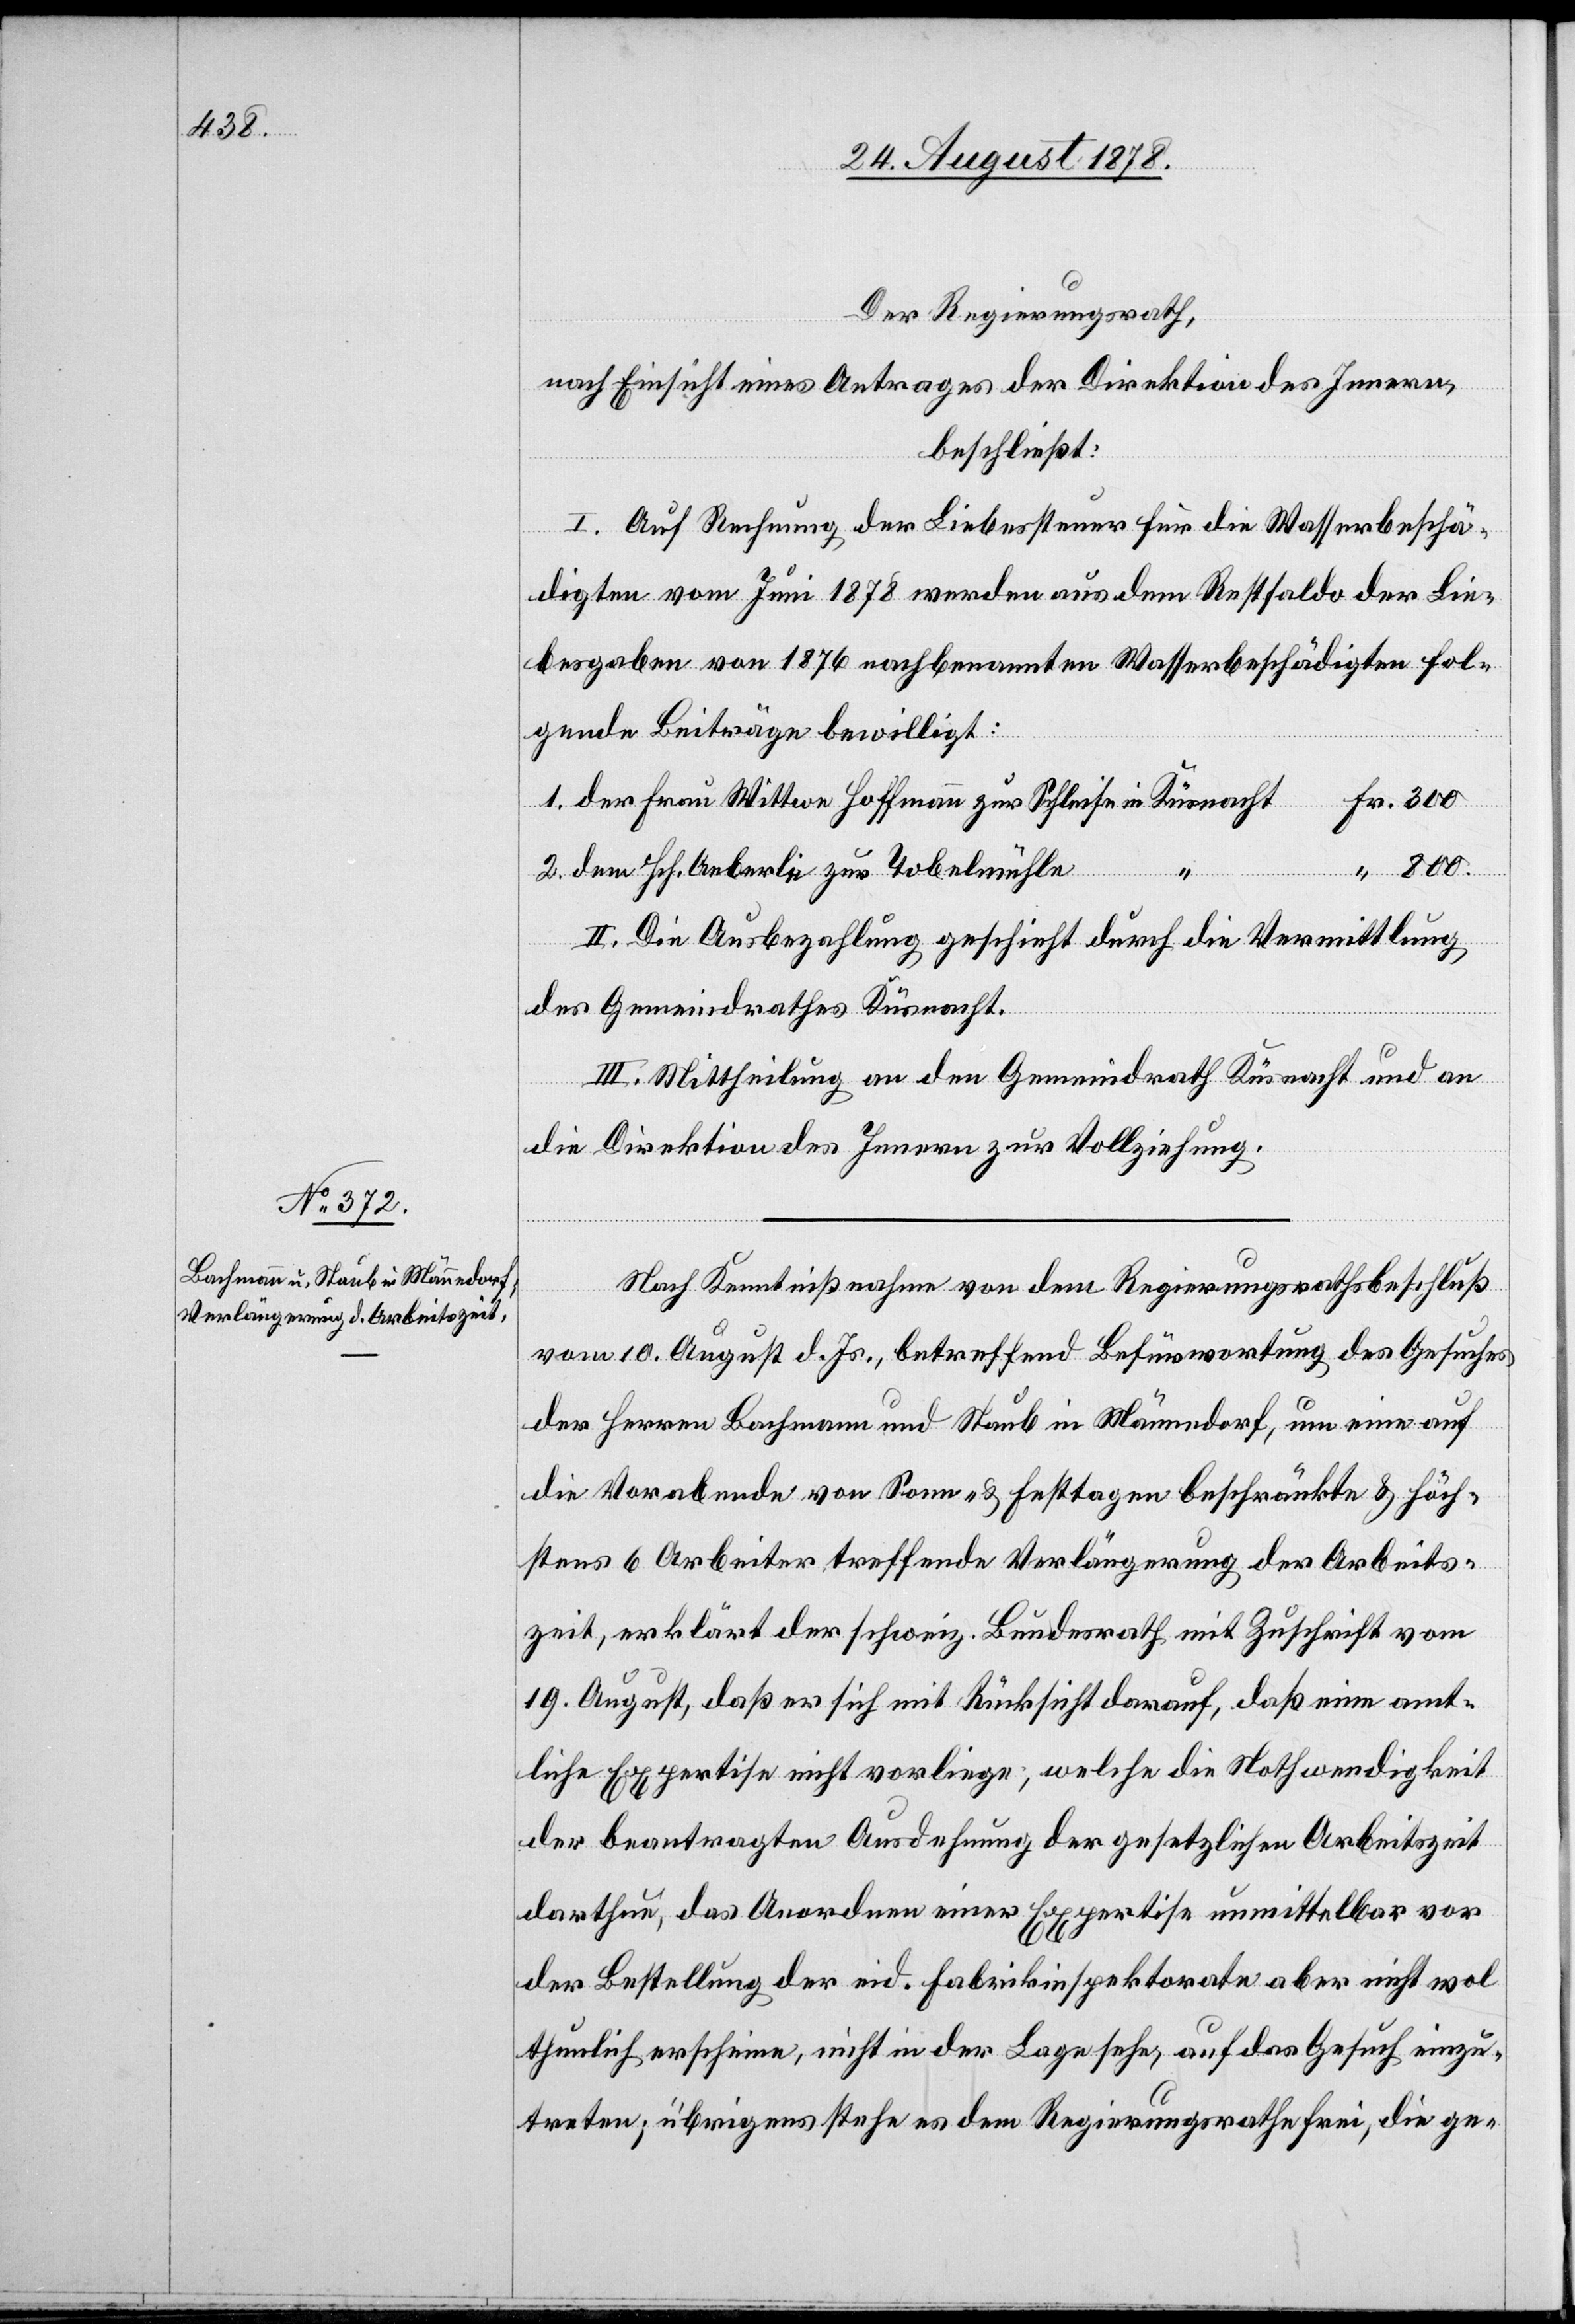
Der Regierungsrath,
nach Einsicht eines Antrages der Direktion des Innern,
beschließt:
I. Auf Rechnung der Liebessteuer für die Wasserbeschä¬
digten vom Juni 1878 werden aus dem Restsaldo der Lie¬
besgaben von 1876 nachbenannten Wasserbeschädigten fol¬
gende Beiträge bewilligt:
1. Der Frau Wittwe Hoffmann zur Schleife in Küsnacht
Fr. 300
“ 800.
2. dem Hch. Aeberli zur Tobelmühle
II. die Ausbezahlung geschieht durch die Vermittlung
des Gemeindrathes Küsnacht.
III. Mittheilung an den Gemeindrath Küsnacht und an
die Direktion des Innern zur Vollziehung.
Nach Kenntnißnahme von dem Regierungsrathsbeschluß
vom 10. August d. Js., betreffend Befürwortung des Gesuches
des Herren Bachmann und Staub in Männedorf, um eine auf
die Vorabende von Sonn- & Festtagen beschränkte & höch¬
stens 6 Arbeiter treffende Verlängerung der Arbeits¬
zeit, erklärt der schweiz. Bundesrath mit Zuschrift vom
19. August, daß er sich mit Rücksicht darauf, daß eine amt¬
liche Expertise nicht vorliege, welche die Nothwendigkeit
der beantragten Ausdehnung der gesetzlichen Arbeitszeit
darthun, das Anordnen einer Expertise unmittelbar vor
der Bestellung der eid. Fabrikinspektorate aber nicht wol
thunlich erscheine, nicht in der Lage sehe, auf das Gesuch einzu¬
treten; übrigens stehe es dem Regierungsrathe frei, die ge-